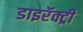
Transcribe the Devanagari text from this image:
डाइरॅक्ट्री